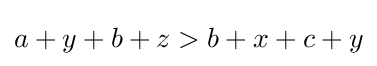
a+y+b+z>b+x+c+y